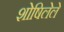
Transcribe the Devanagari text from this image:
शोषिलेले